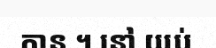
កាន ។ នៅ យប់